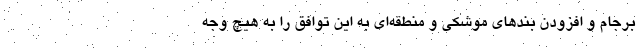
برجام و افزودن بندهای موشکی و منطقه‌ای به این توافق را به هیچ وجه